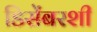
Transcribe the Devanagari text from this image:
डिसेंबरशी